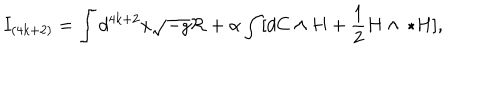
I _ { ( 4 k + 2 ) } = \int d ^ { 4 k + 2 } x \sqrt { - g } { \cal R } + \alpha \int [ d C \wedge H + { \frac { 1 } { 2 } } H \wedge \, \star H ] ,